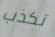
تكذب